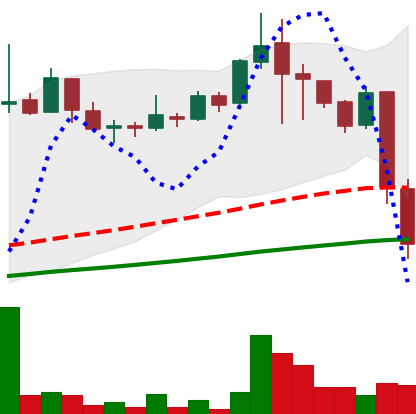
Ticker: LINK-USD
Chart end date: 2018-11-20
Forward return: -24.102%
Label: down_7plus